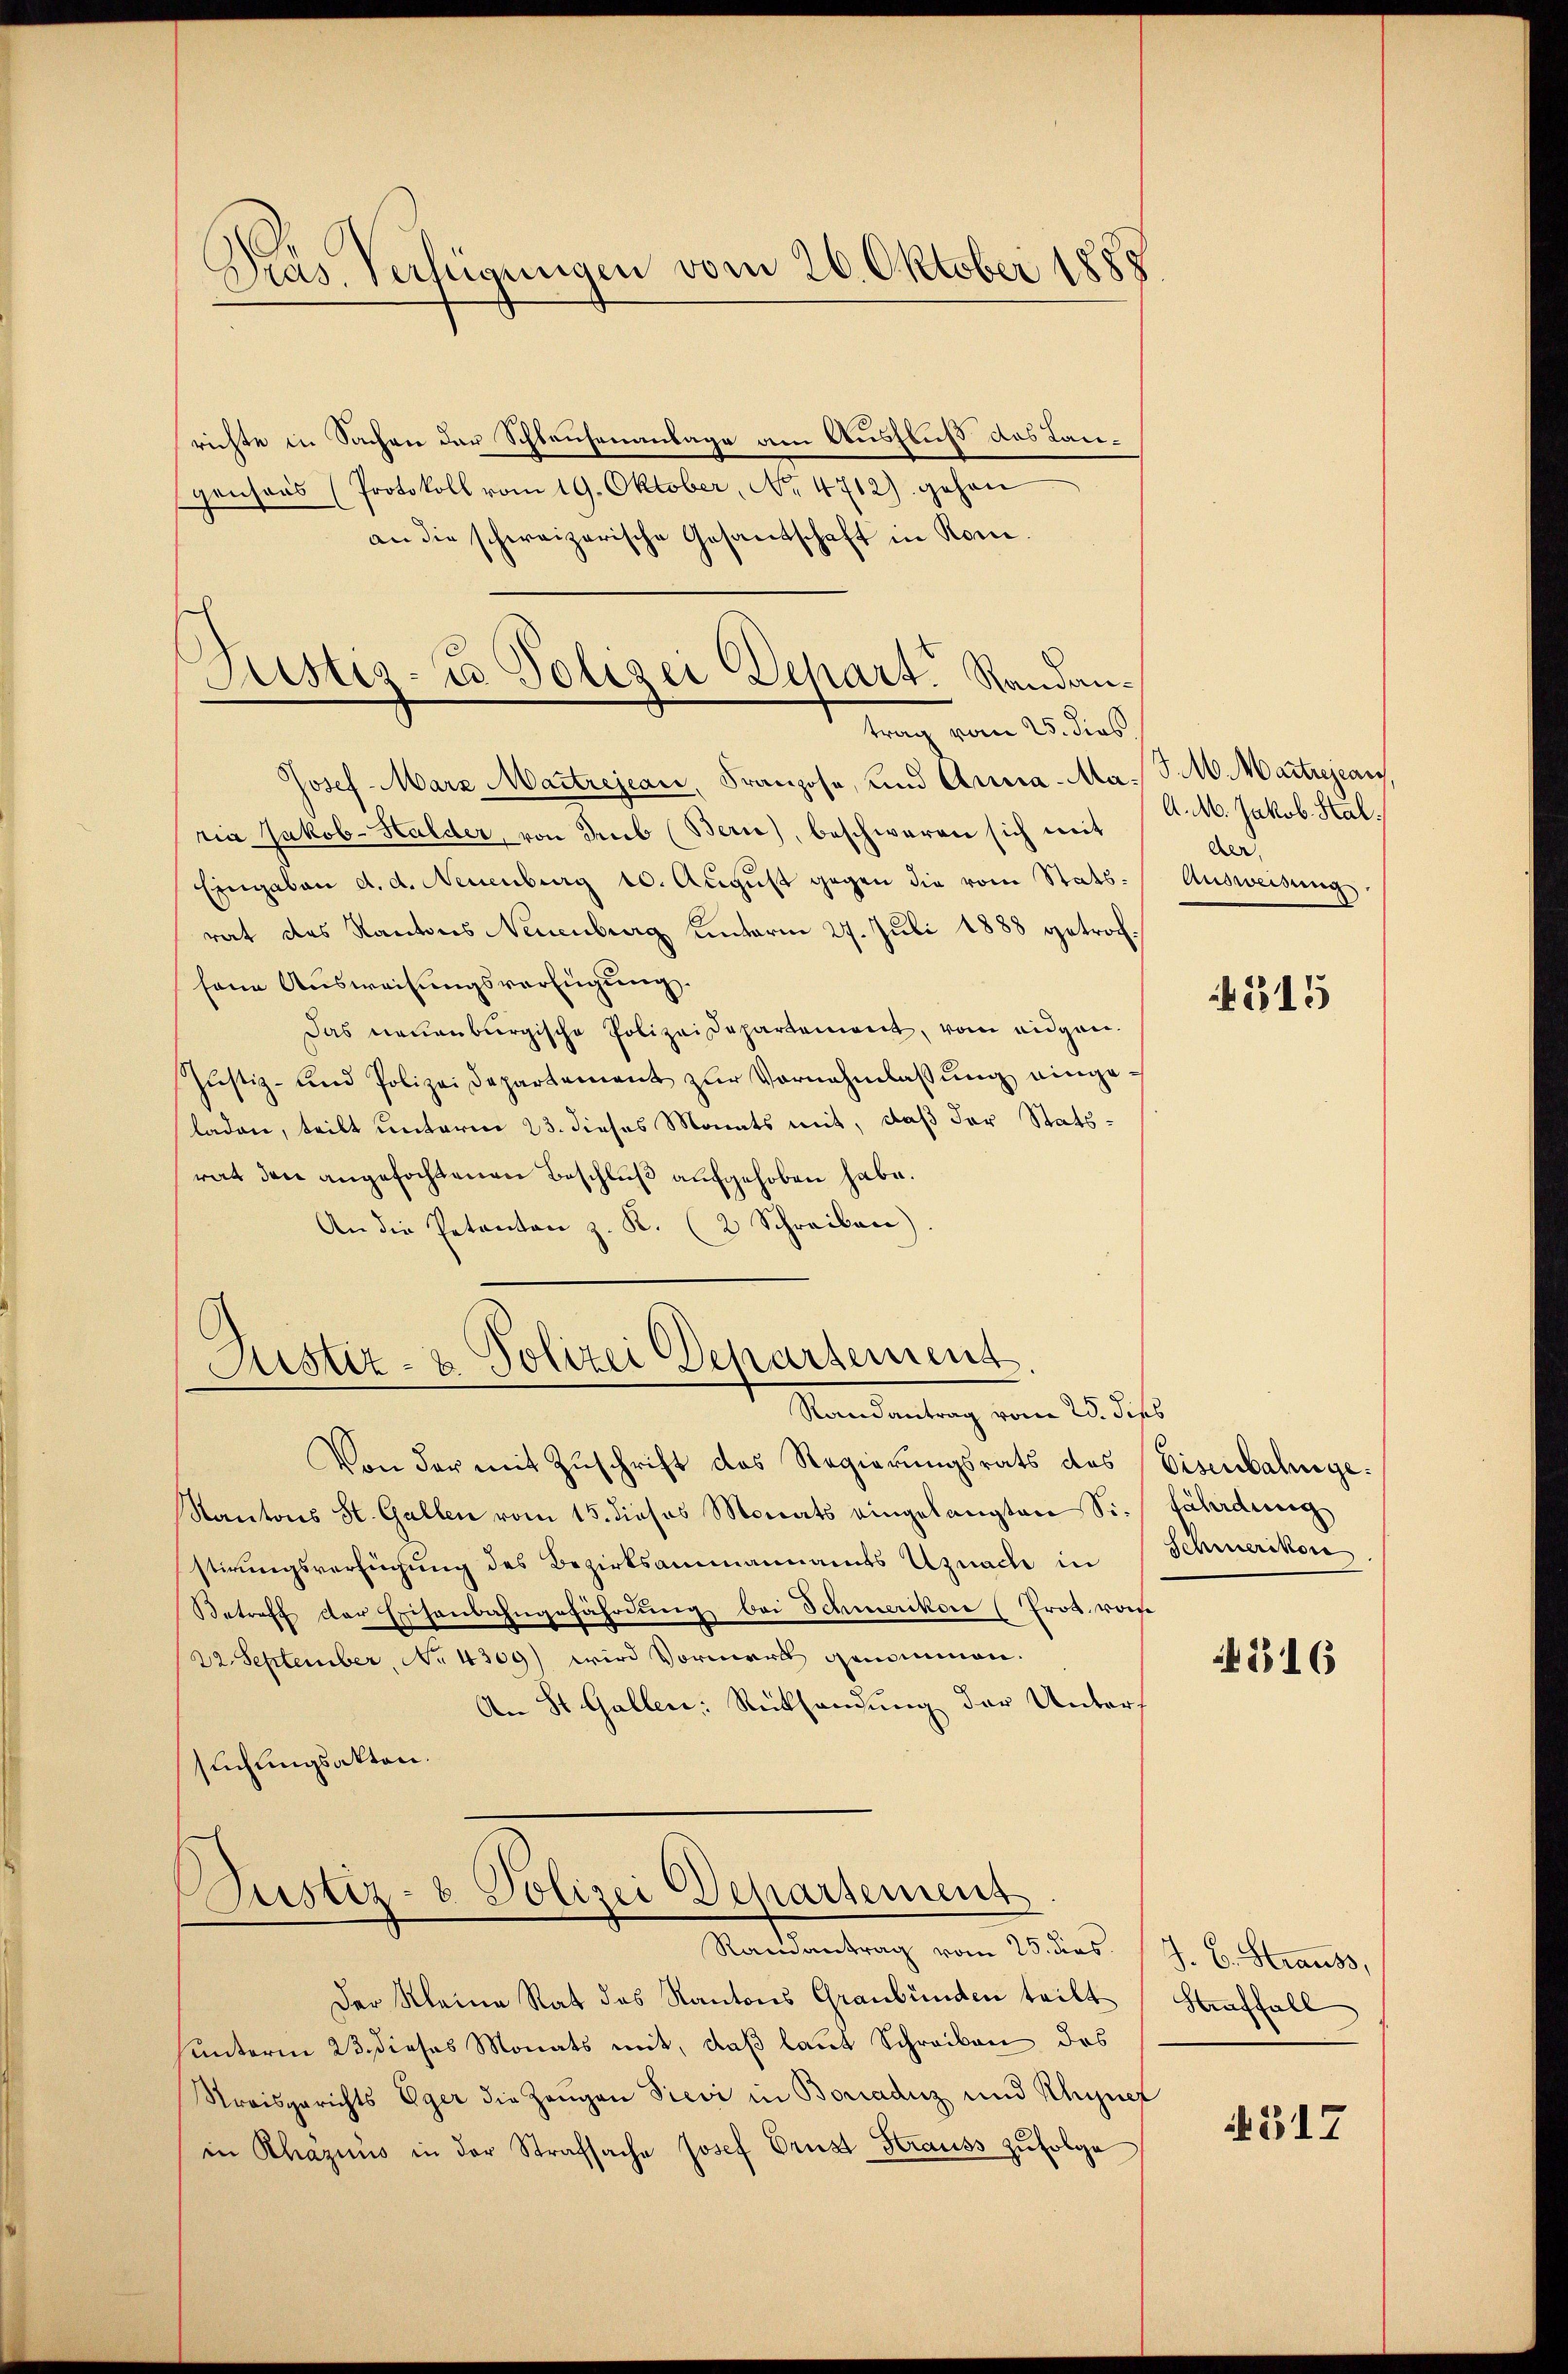
Dras Verfügungen vom 26. Oktober 1888

Justiz- u. Polizei Depart. Randantrag vom 25. dies

richte in Sachen der Schlauhenanlage am Ausfluß das Langensans (Protokoll vom 19. Oktober, No. 4712) gehen
an die schweizerische Gesandschaft in Rom.
Josef-Marz Maitrejean, Franzose, und Arma-Ma-
ria Jakob-Halder, von Trub (Bern), beschweren sich mit
Eingaben d. d. Neuenburg 10. August gegen die vom Statsrat des Kantons Neuenburg unterm 27. Juli 1888 getroffene Ausweisungsverfügung.
Das neuenburgische Polizeidepartement, vom eidgen.
Jŭstiz- und Polizeidepartement zŭr Vornahmlassŭng eingeladen, teilt unterm 23. dieses Monats mit, daß der Stats-
rat den angefochtenen Beschluß aufgehoben habe.
An die Petenten z. R. (2 Schreiben)

Justiz- & Polizei Departement.
Mandantung vom 28. ds.

Ramantrag vom 25. dies

Von der mit Zuschrift des Regierungsrats des Eisenbahnge¬
Kantons St. Gallen vom 15. dieses Monats eingelangten Sie fährdung
stirungsverfügung des Bezirksammannamts Uznach in
Betreff der Eisenbahngefährdung bei Schmerikon (Prot. vom
22. September, No 4309) wird Vormerk genommen.
An St. Gallen: Rücksendung der Unters
suchungsakten.
Zustiz- & Polizei Departement

Der Kleine Rat des Kantons Graubünden teilt
unterm 23. dieses Monats mit, daß laut Schreiben das
Streisgerichts Eger die Zeugen Previ in Bonaduz und Rhugnet
in Rhäzius in der Strafsache Josef Prust Krauss zŭfolge

J. M. Martrejears
A. M. Jakob Stal.
der.
Ausweisung

4515

Schmerikon

4316

J. C. Strauss,
Straffall

N 517